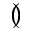
\between